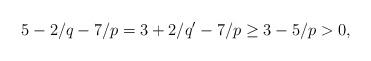
LaTeX: \begin{align*}5-2/q-7/p = 3+2/q'-7/p \geq 3-5/p > 0,\end{align*}